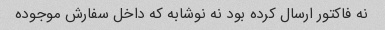
نه فاکتور ارسال کرده بود نه نوشابه که داخل سفارش موجوده